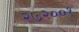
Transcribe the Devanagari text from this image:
२७२००१